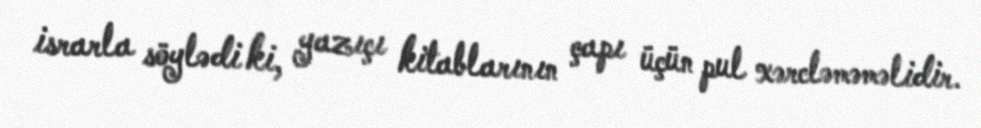
israrla söylədi ki, yazıçı kitablarının çapı üçün pul xərcləməməlidir.